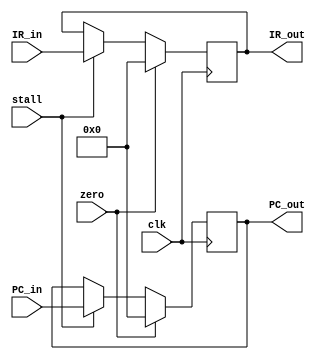
`timescale 1ns / 1ps
//////////////////////////////////////////////////////////////////////////////////
// Company:
// Engineer:
//
// Design Name:
// Module Name: IF_ID
// Project Name:
// Target Devices:
// Tool Versions:
// Description:
//
// Dependencies:
//
// Revision:
// Revision 0.01 - File Created
// Additional Comments:
//
//////////////////////////////////////////////////////////////////////////////////


module IF_ID#(parameter PC_BITS=32,parameter IR_BITS=32)(clk,PC_in,zero,stall,IR_in,PC_out,IR_out);
        input clk;
        input [PC_BITS-1:0] PC_in;
        input [IR_BITS-1:0] IR_in;
        input zero;
        input stall;
        output reg [PC_BITS-1:0] PC_out;
        output reg [IR_BITS-1:0] IR_out;
        always @(posedge clk)
            begin
                if(zero)begin
                    PC_out<=0;
                    IR_out<=0;
                    end
                else  if(stall)
                    begin
                    PC_out<=PC_in;
                    IR_out<=IR_in;
                    end
                else;
            end
    endmodule